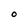
Character: O